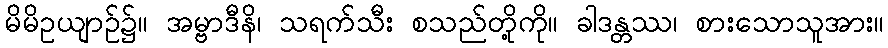
မိမိဥယျာဉ်၌။ အမ္ဗာဒီနိ၊ သရက်သီး စသည်တို့ကို။ ခါဒန္တဿ၊ စားသောသူအား။